Leaving Certificate, 1898
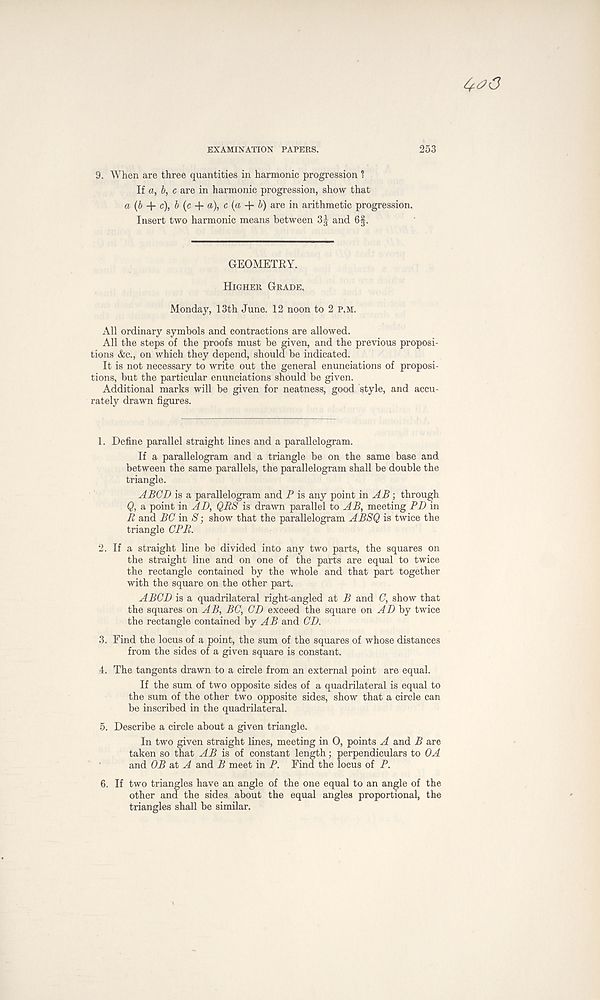
EXAMINATION PAPERS.
253
9. When are three quantities in harmonic progression 1
If a, b, c are in harmonic progression, show that
a (6 + c), b (c + a), c (a b) are in arithmetic progression.
Insert two harmonic means between 3g- and 6§.
GEOMETRY.
Higher Grade,
Monday, 13th June. 12 noon to 2 P.M.
All ordinary symbols and contractions are allowed.
All the steps of the proofs must be given, and the previous proposi-
tions &c., on which they depend, should be indicated.
It is not necessary to write out the general enunciations of proposi-
tions, but the particular enunciations should be given.
Additional marks will be given for neatness, good style, and accu-
rately drawn figures.
1. Define parallel straight lines and a parallelogram.
If a parallelogram and a triangle be on the same base and
between the same parallels, the parallelogram shall be double the
triangle.
ABGD is a parallelogram and P is any point in AB; through
(J, a point in AD, QRS is drawn parallel to AB, meeting PD in
R and BC in S; show that the parallelogram ABSQ is twice the
triangle OPR.
2. If a straight line be divided into any two parts, the squares on
the straight line and on one of the parts are equal to twice
the rectangle contained by the whole and that part together
with the square on the other part.
ABCD is a quadrilateral right-angled at B and C, show that
the squares on AB, BC, CD exceed the square on AD by twice
the rectangle contained by A B and CD.
3. Find the locus of a point, the sum of the squares of whose distances
from the sides of a given square is constant.
4. The tangents drawn to a circle from an external point are equal.
If the sum of two opposite sides of a quadrilateral is equal to
the sum of the other two opposite sides, show that a circle can
be inscribed in the quadrilateral.
5. Describe a circle about a given triangle.
In two given straight lines, meeting in 0, points A and B are
taken so that AB is of constant length; perpendiculars to OA
and OB at A and B meet in P. Find the locus of P.
6. If two triangles have an angle of the one equal to an angle of the
other and the sides about the equal angles proportional, the
triangles shall be similar.